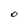
Character: O